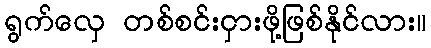
ရွက်လှေ တစ်စင်းငှားဖို့ဖြစ်နိုင်လား။